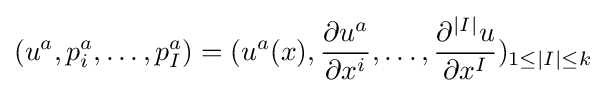
(u^{a},p_{i}^{a},\dots ,p_{I}^{a})=(u^{a}(x),{\frac {\partial u^{a}}{\partial x^{i}}},\dots ,{\frac {\partial ^{|I|}u}{\partial x^{I}}})_{1\leq |I|\leq k}